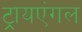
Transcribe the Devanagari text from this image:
ट्रायएंगल